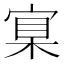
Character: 𡩈